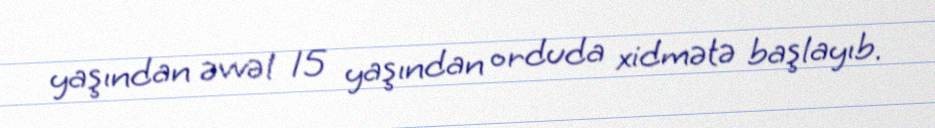
yaşından əvvəl 15 yaşından orduda xidmətə başlayıb.